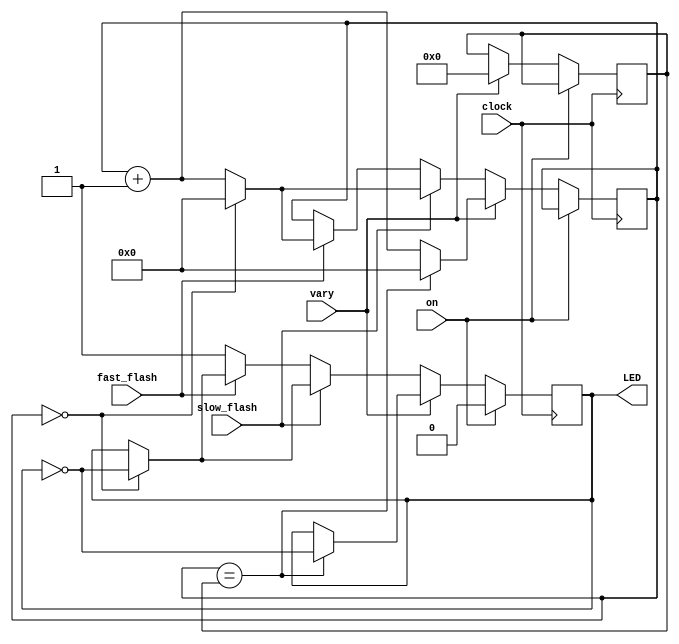
//
//  HPSDR - High Performance Software Defined Radio
//
//  Metis code. 
//
//  This program is free software; you can redistribute it and/or modify
//  it under the terms of the GNU General Public License as published by
//  the Free Software Foundation; either version 2 of the License, or
//  (at your option) any later version.
//
//  This program is distributed in the hope that it will be useful,
//  but WITHOUT ANY WARRANTY; without even the implied warranty of
//  MERCHANTABILITY or FITNESS FOR A PARTICULAR PURPOSE.  See the
//  GNU General Public License for more details.
//
//  You should have received a copy of the GNU General Public License
//  along with this program; if not, write to the Free Software
//  Foundation, Inc., 59 Temple Place, Suite 330, Boston, MA  02111-1307  USA


//  Led_control - Copyright 2009, 2010, 2011  Phil Harman VK6APH


// Led control module

// setting on  		 = high turns the LED on
// setting slow_flash = high flashes the LED once per second 
// setting fast_flash = high flashes the LED 5 times per second
// setting vary       = high flashes the LED fast then slow

// clock is at 25MHz 


module Led_control (clock, on, slow_flash, fast_flash, vary, LED);

input clock;
input on;
input slow_flash;
input fast_flash;
input vary;

output reg LED;

parameter clock_speed = 1;

// calculate timer variables based on clock_speed passed

localparam slow_period = clock_speed/2;		// one flash per second
localparam fast_period = clock_speed/10;		// 5 flashes per second


reg [23:0]counter;
reg [24:0]period;
reg [1:0]swap;

always @ (posedge clock)
begin
		if (on)
			LED <= 0;
		else if (vary) begin
			if (swap == 0 || swap == 1)
			 period <= slow_period;
			else
			 period <= fast_period;
			if (counter == period) begin
				LED <= ~LED;
				counter <= 0;
				swap <= swap + 1'b1;
			end
			else counter <= counter + 1'b1;
		end
		else if (slow_flash) begin
			if (counter == slow_period) begin
				LED <= ~LED;
				counter <= 0;
			end 
			else counter <= counter + 1'b1;
		end 
		else if (fast_flash) begin
			if (counter == fast_period) begin
				LED <= ~LED;
				counter <= 0;
			end 
			else counter <= counter + 1'b1;
		end
  
		else LED <= 1'b1;    // LED off 		
end
endmodule